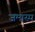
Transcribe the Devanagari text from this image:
जमास्प